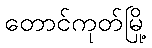
တောင်ကုတ်မြို့